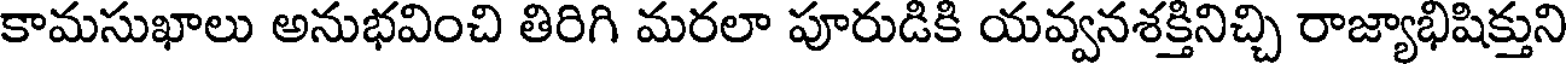
కామసుఖాలు అనుభవించి తిరిగి మరలా పూరుడికి యవ్వనశక్తినిచ్చి రాజ్యాభిషిక్తుని